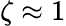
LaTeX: \zeta\approx 1